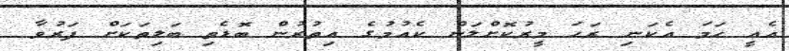
އެއީ ހަމަ އެކަނި ރަހަ މީރުކޮށްލަން ކެއުމުގެ އިތުރުން ބޮޑެތި ބަލިތަކަށް ފަރުވާ